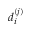
d _ { i } ^ { ( j ) }